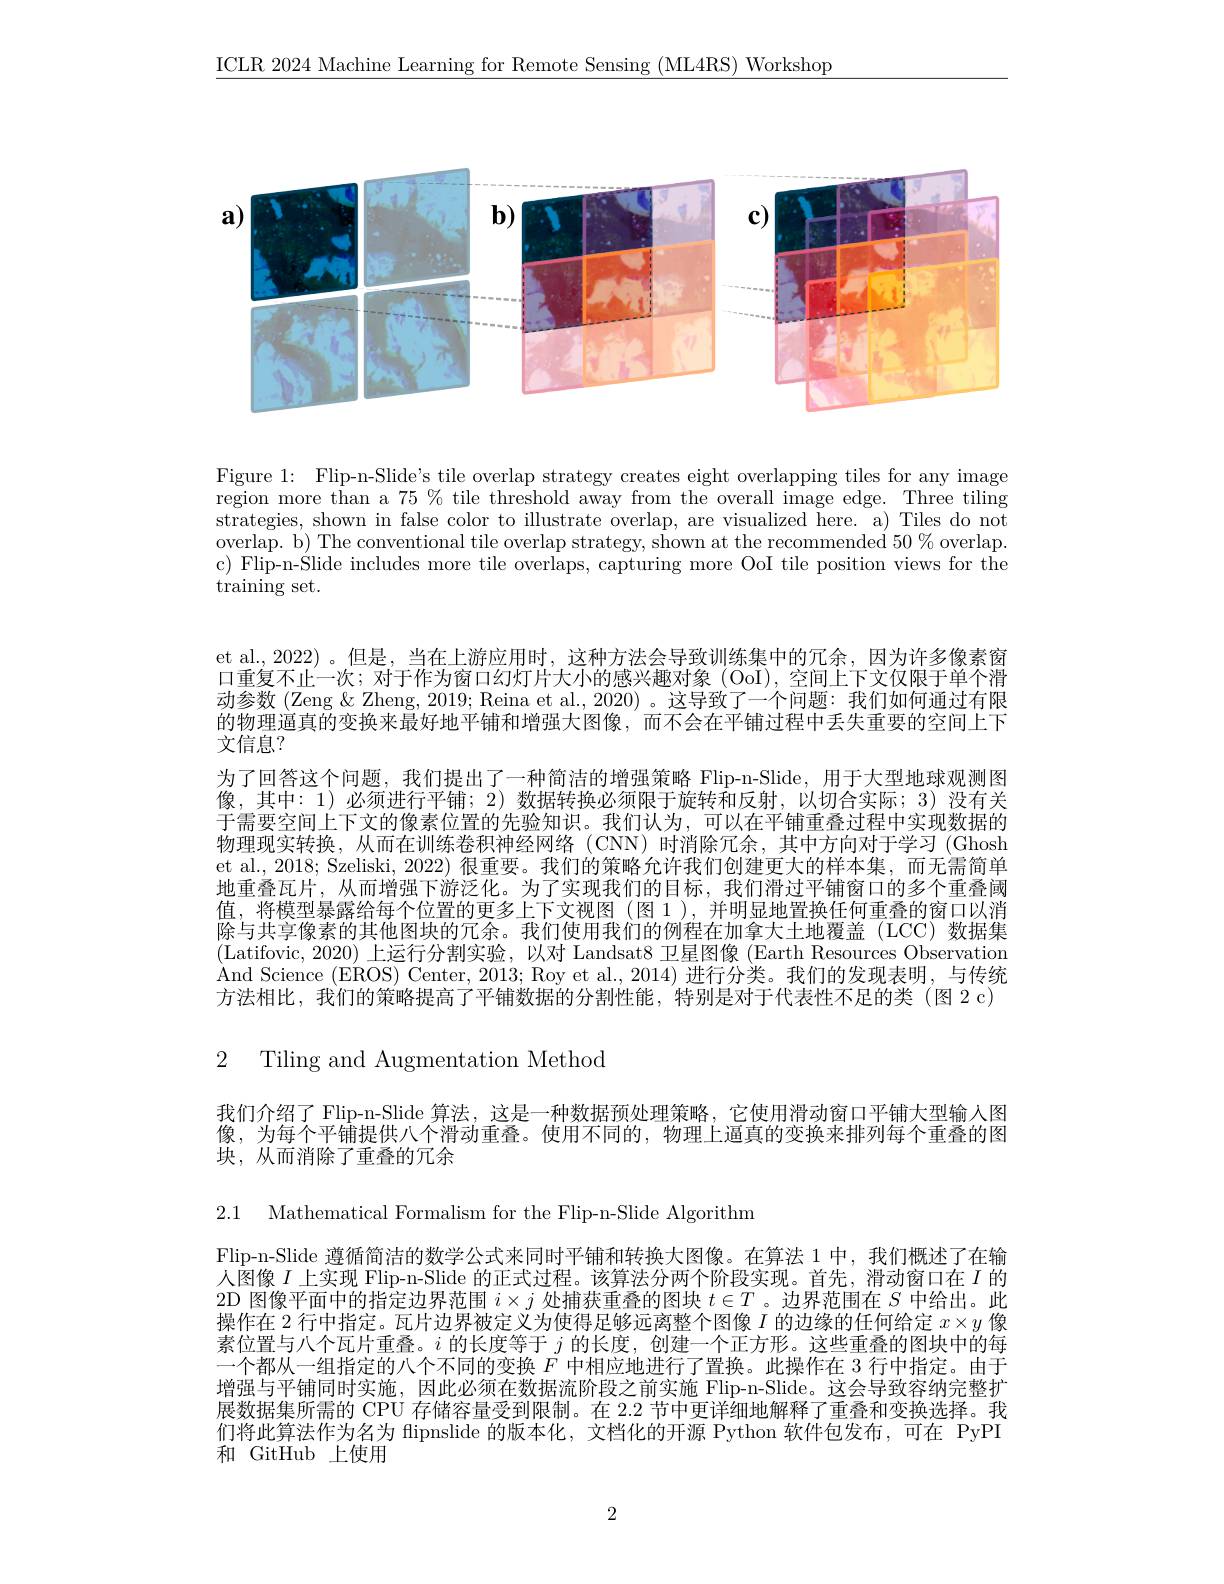
$\underline{\mathrm{ICLR~2024~Machine~Learning~for~Remote~Sensing~(ML4RS)~Workshop}}$

<FigureHere>

Figure 1: Flip-n-Slide's tile overlap strategy creates eight overlapping tiles for any image region more than a $75\%$ tile threshold away from the overall image edge. Three tiling strategies, shown in false color to illustrate overlap, are visualized here. a) Tiles do not overlap. b) The conventional tile overlap strategy, shown at the recommended $50\%$ overlap. c) Flip-n-Slide includes more tile overlaps, capturing more OoI tile position views for the $\operatorname{training}$set.

et al., 2022)。但是，当在上游应用时，这种方法会导致训练集中的冗余，因为许多像素窗口重复不止一次；对于作为窗口幻灯片大小的感兴趣对象 (OoI), 空间上下文仅限于单个滑动参数 (Zeng & Zheng, 2019; Reina et al., 2020) 。这导致了一个问题：我们如何通过有限的物理逼真的变换来最好地平铺和增强大图像，而不会在平铺过程中丢失重要的空间上下文信息？
为了回答这个问题，我们提出了一种简洁的增强策略 Flip-n-Slide,用于大型地球观测图像，其中：1)必须进行平铺；2)数据转换必须限于旋转和反射，以切合实际；3)没有关于需要空间上下文的像素位置的先验知识。我们认为，可以在平铺重叠过程中实现数据的物理现实转换，从而在训练卷积神经网络(CNN)时消除冗余，其中方向对于学习(Ghosh et al., 2018; Szeliski, 2022) 很重要。我们的策略允许我们创建更大的样本集，而无需简单地重叠瓦片，从而增强下游泛化。为了实现我们的目标，我们滑过平铺窗口的多个重叠阈值，将模型暴露给每个位置的更多上下文视图(图 1),并明显地置换任何重叠的窗口以消除与共享像素的其他图块的冗余。我们使用我们的例程在加拿大土地覆盖(LCC)数据集(Latifovic, 2020) 上运行分割实验，以对 Landsat8 卫星图像 (Earth Resources Observation And Science (EROS) Center, 2013; Roy et al., 2014) 进行分类。我们的发现表明，与传统方法相比，我们的策略提高了平铺数据的分割性能，特别是对于代表性不足的类 (图 2 c)

2 Tiling and Augmentation Method

我们介绍了 Flip-n-Slide 算法，这是一种数据预处理策略，它使用滑动窗口平铺大型输入图像，为每个平铺提供八个滑动重叠。使用不同的，物理上逼真的变换来排列每个重叠的图块，从而消除了重叠的冗余

2.1 Mathematical Formalism for the Flip-n-Slide Algorithm

Flip-n-Slide 遵循简洁的数学公式来同时平铺和转换大图像。在算法 1 中，我们概述了在输$\dot{\text{人图像 }I}$上实现 Flip-n-Slide 的正式过程。该算法分两个阶段实现。首先，滑动窗口在$I$的2D 图像平面中的指定边界范围$i\times j$处捕获重叠的图块$t\in T$ 。边界范围在$S$中给出。此操作在 2 行中指定。瓦片边界被定义为使得足够远离整个图像$I$的边缘的任何给定$x\times y$像素位置与八个瓦片重叠。$i$的长度等于$j$的长度，创建一个正方形。这些重叠的图块中的每一个都从一组指定的八个不同的变换$F$中相应地进行了置换。此操作在 3 行中指定。由于增强与平铺同时实施，因此必须在数据流阶段之前实施 Flip-n-Slide。这会导致容纳完整扩展数据集所需的 CPU 存储容量受到限制。在 2.2 节中更详细地解释了重叠和变换选择。我们将此算法作为名为 flipnslide 的版本化，文档化的开源 Python 软件包发布，可在 PyPI 和 GitHub 上使用

2